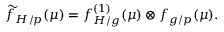
\widetilde { f } _ { H / p } ( \mu ) = f _ { H / g } ^ { ( 1 ) } ( \mu ) \otimes f _ { g / p } ( \mu ) .